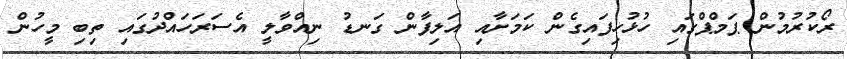
ރޯކުރުމުން ޕަމްޕްގައި ހުޅުހިފައިގެން ކަމަށާއި އަލިފާން ގަނޑު ނިއްވާލީ އެސަރަހައްދުގައި ތިބި މީހުން